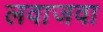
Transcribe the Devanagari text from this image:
लवाजवा